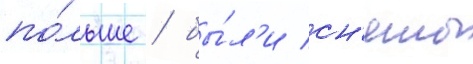
по́льше / бы́л'и сн'яты